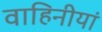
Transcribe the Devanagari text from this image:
वाहिनीयां